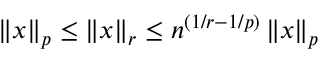
\left\| x \right\| _ { p } \leq \left\| x \right\| _ { r } \leq n ^ { ( 1 / r - 1 / p ) } \left\| x \right\| _ { p }